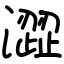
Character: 澀